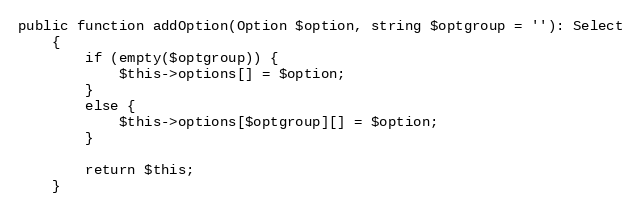
Language: PHP
public function addOption(Option $option, string $optgroup = ''): Select
    {
        if (empty($optgroup)) {
            $this->options[] = $option;
        }
        else {
            $this->options[$optgroup][] = $option;
        }

        return $this;
    }